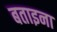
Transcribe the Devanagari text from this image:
बताइना